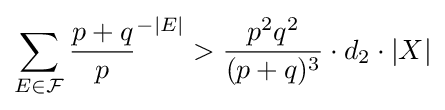
\sum _{E\in {\mathcal {F}}}{p+q \over p}^{-|E|}>{p^{2}q^{2} \over (p+q)^{3}}\cdot d_{2}\cdot |X|